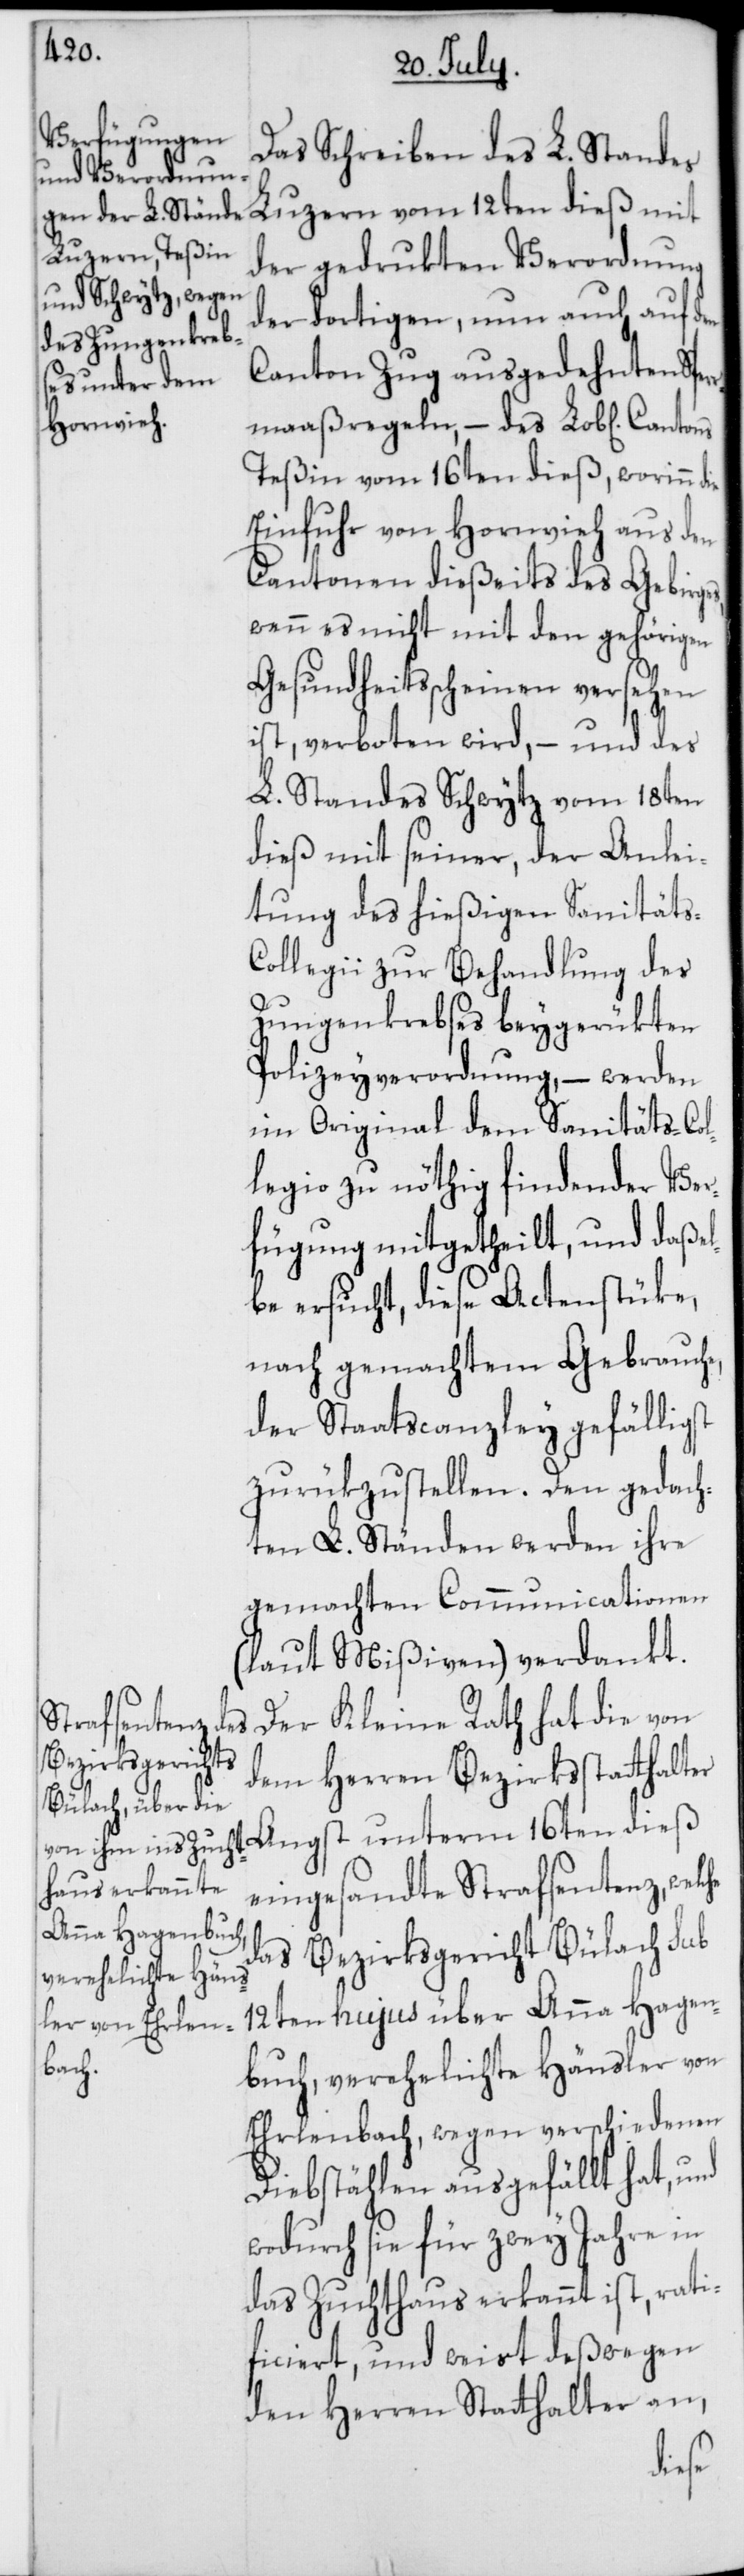
Das Schreiben des L. Standes
der gedrukten Verordnung
der dortigen, nun auch auf den
Canton Zug ausgedehnten Sper¬
rmaaßregeln, – des Lob[lichen]
Teßin vom 16ten dieß, worinn die
Einfuhr von Hornvieh aus den
Cantonen dießeits des Gebirg¬
wenn es nicht mit den gehörigen
Gesundheitsscheinen versehen
ist, verboten wird, – und des
L. Standes Schwytz vom 18ten
dieß mit seiner, der Anlei¬
tung des hießigen Sanitäts-C¬
ollegii zur Behandlung des
Zungenkrebses beygerükten
Polizeyverordnung, – werden
im Original dem Sanitäts-Col¬
legio zu nöthig findender Ver¬
fügung mitgetheilt , und daße¬
lbe ersucht, diese Actenstüke,
nach gemachtem Gebrauche,
der Staatscanzley gefälligst
zurükzustellen. Den gedach¬
ten L. Ständen werden ihre
gemachten Communicationen
(laut Mißiven) verdankt.
Der Kleine Rath hat die von
dem Herren Bezirksstatthalter
Angst unterm 16ten dieß
eingesandte Strafsentenz, welc¬
das Bezirksgericht Bülach sub
12ten hujus über Anna Hagen¬
buch, verehelichte Hänsler von
Erlenbach, wegen verschiedenen
Diebstählen ausgefällt hat, und
wodurch sie für zwey Jahre in
das Zuchthaus erkannt ist, rati¬
ficiert, und weist deßwegen
den Herren Stathalter an,
he